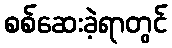
စစ်ဆေးခဲ့ရာတွင်